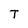
Character: T